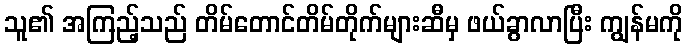
သူ၏ အကြည့်သည် တိမ်တောင်တိမ်တိုက်များဆီမှ ဖယ်ခွာလာပြီး ကျွန်မကို